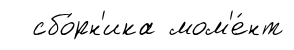
сбо́рн'ика мом'е́нт